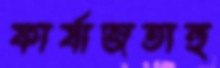
ফার্যাজতাহু